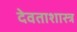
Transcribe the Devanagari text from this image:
देवताशास्त्र